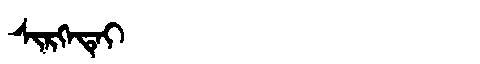
Manchu: ᠰᡳᡵᡴᡝᡨᡝᡳ
Romanization: SIRKETEI